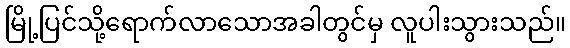
မြို့ပြင်သို့ရောက်လာသောအခါတွင်မှ လူပါးသွားသည်။